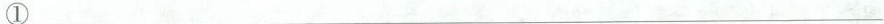
①___